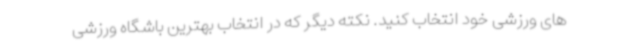
های ورزشی خود انتخاب کنید. نکته دیگر که در انتخاب بهترین باشگاه ورزشی